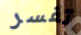
تفسر